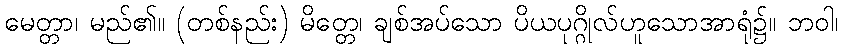
မေတ္တာ၊ မည်၏။ (တစ်နည်း) မိတ္တေ၊ ချစ်အပ်သော ပိယပုဂ္ဂိုလ်ဟူသောအာရုံ၌။ ဘဝါ၊